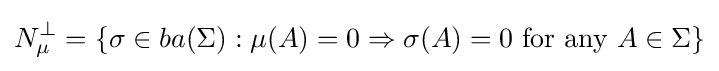
N_{\mu }^{\perp }=\{\sigma \in ba(\Sigma ):\mu (A)=0\Rightarrow \sigma (A)=0{\text{ for any }}A\in \Sigma \}